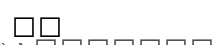
١٦